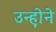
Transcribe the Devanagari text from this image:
उन्ह़ोने